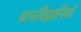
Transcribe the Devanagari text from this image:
मानविज्ञानियों